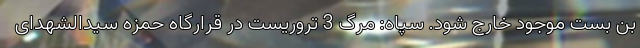
بن بست موجود خارج شود. سپاه: مرگ 3 تروریست در قرارگاه حمزه سیدالشهدای